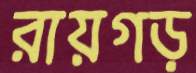
রায়গড়